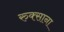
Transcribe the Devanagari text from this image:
रुक्साना